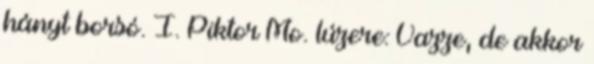
hányt borsó. I. Piktor Mo. lúzere: Vazze, de akkor